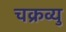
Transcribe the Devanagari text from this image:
चक्रव्यु